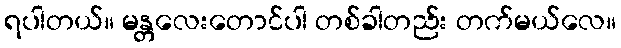
ရပါတယ်။ မန္တလေးတောင်ပါ တစ်ခါတည်း တက်မယ်လေ။